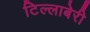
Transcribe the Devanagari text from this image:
टिल्लाबेरी